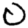
Digit: 0